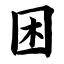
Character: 困